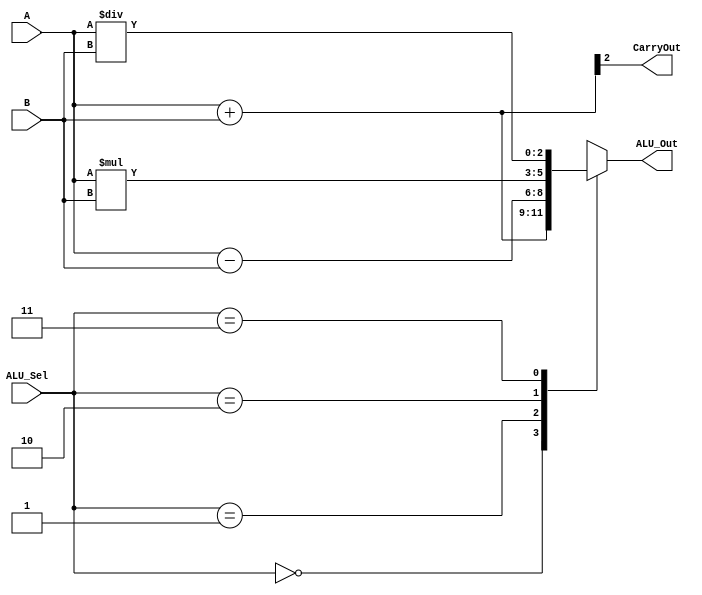
`timescale 1ns/1ns

module ALU(
  input [1:0] A,B,             
  input [1:0] ALU_Sel,
  output [2:0] ALU_Out, 
  output CarryOut
    );
  reg [2:0] ALU_Result;
  wire [2:0] tmp;
 
    always @(*)
    begin
      case(ALU_Sel)
        2'b00: 
          ALU_Result = A + B ; 
        2'b01: 
          ALU_Result = A - B ;
        2'b10: 
          ALU_Result = A * B;
        2'b11: 
          ALU_Result = A/B;
        default: ALU_Result = A + B ; 
      endcase
    end
    assign ALU_Out = ALU_Result; 
    assign tmp = {1'b0,A} + {1'b0,B};
  	assign CarryOut = tmp[2];
endmodule